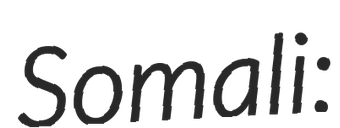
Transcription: Somali: